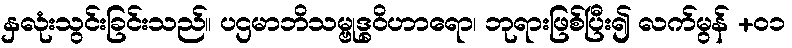
နှလုံးသွင်းခြင်းသည်။ ပဌမာဘိသမ္ဗုဒ္ဓဝိဟာရော၊ ဘုရားဖြစ်ပြီး၍ လက်မွန် +၀၁